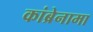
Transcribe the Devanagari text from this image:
कांब्रेनामा